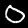
Digit: 0